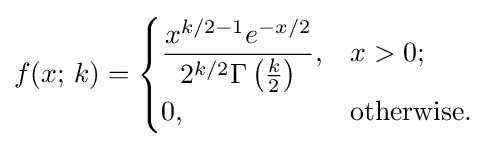
f(x;\,k)={\begin{cases}{\dfrac {x^{k/2-1}e^{-x/2}}{2^{k/2}\Gamma \left({\frac {k}{2}}\right)}},&x>0;\\0,&{\text{otherwise}}.\end{cases}}